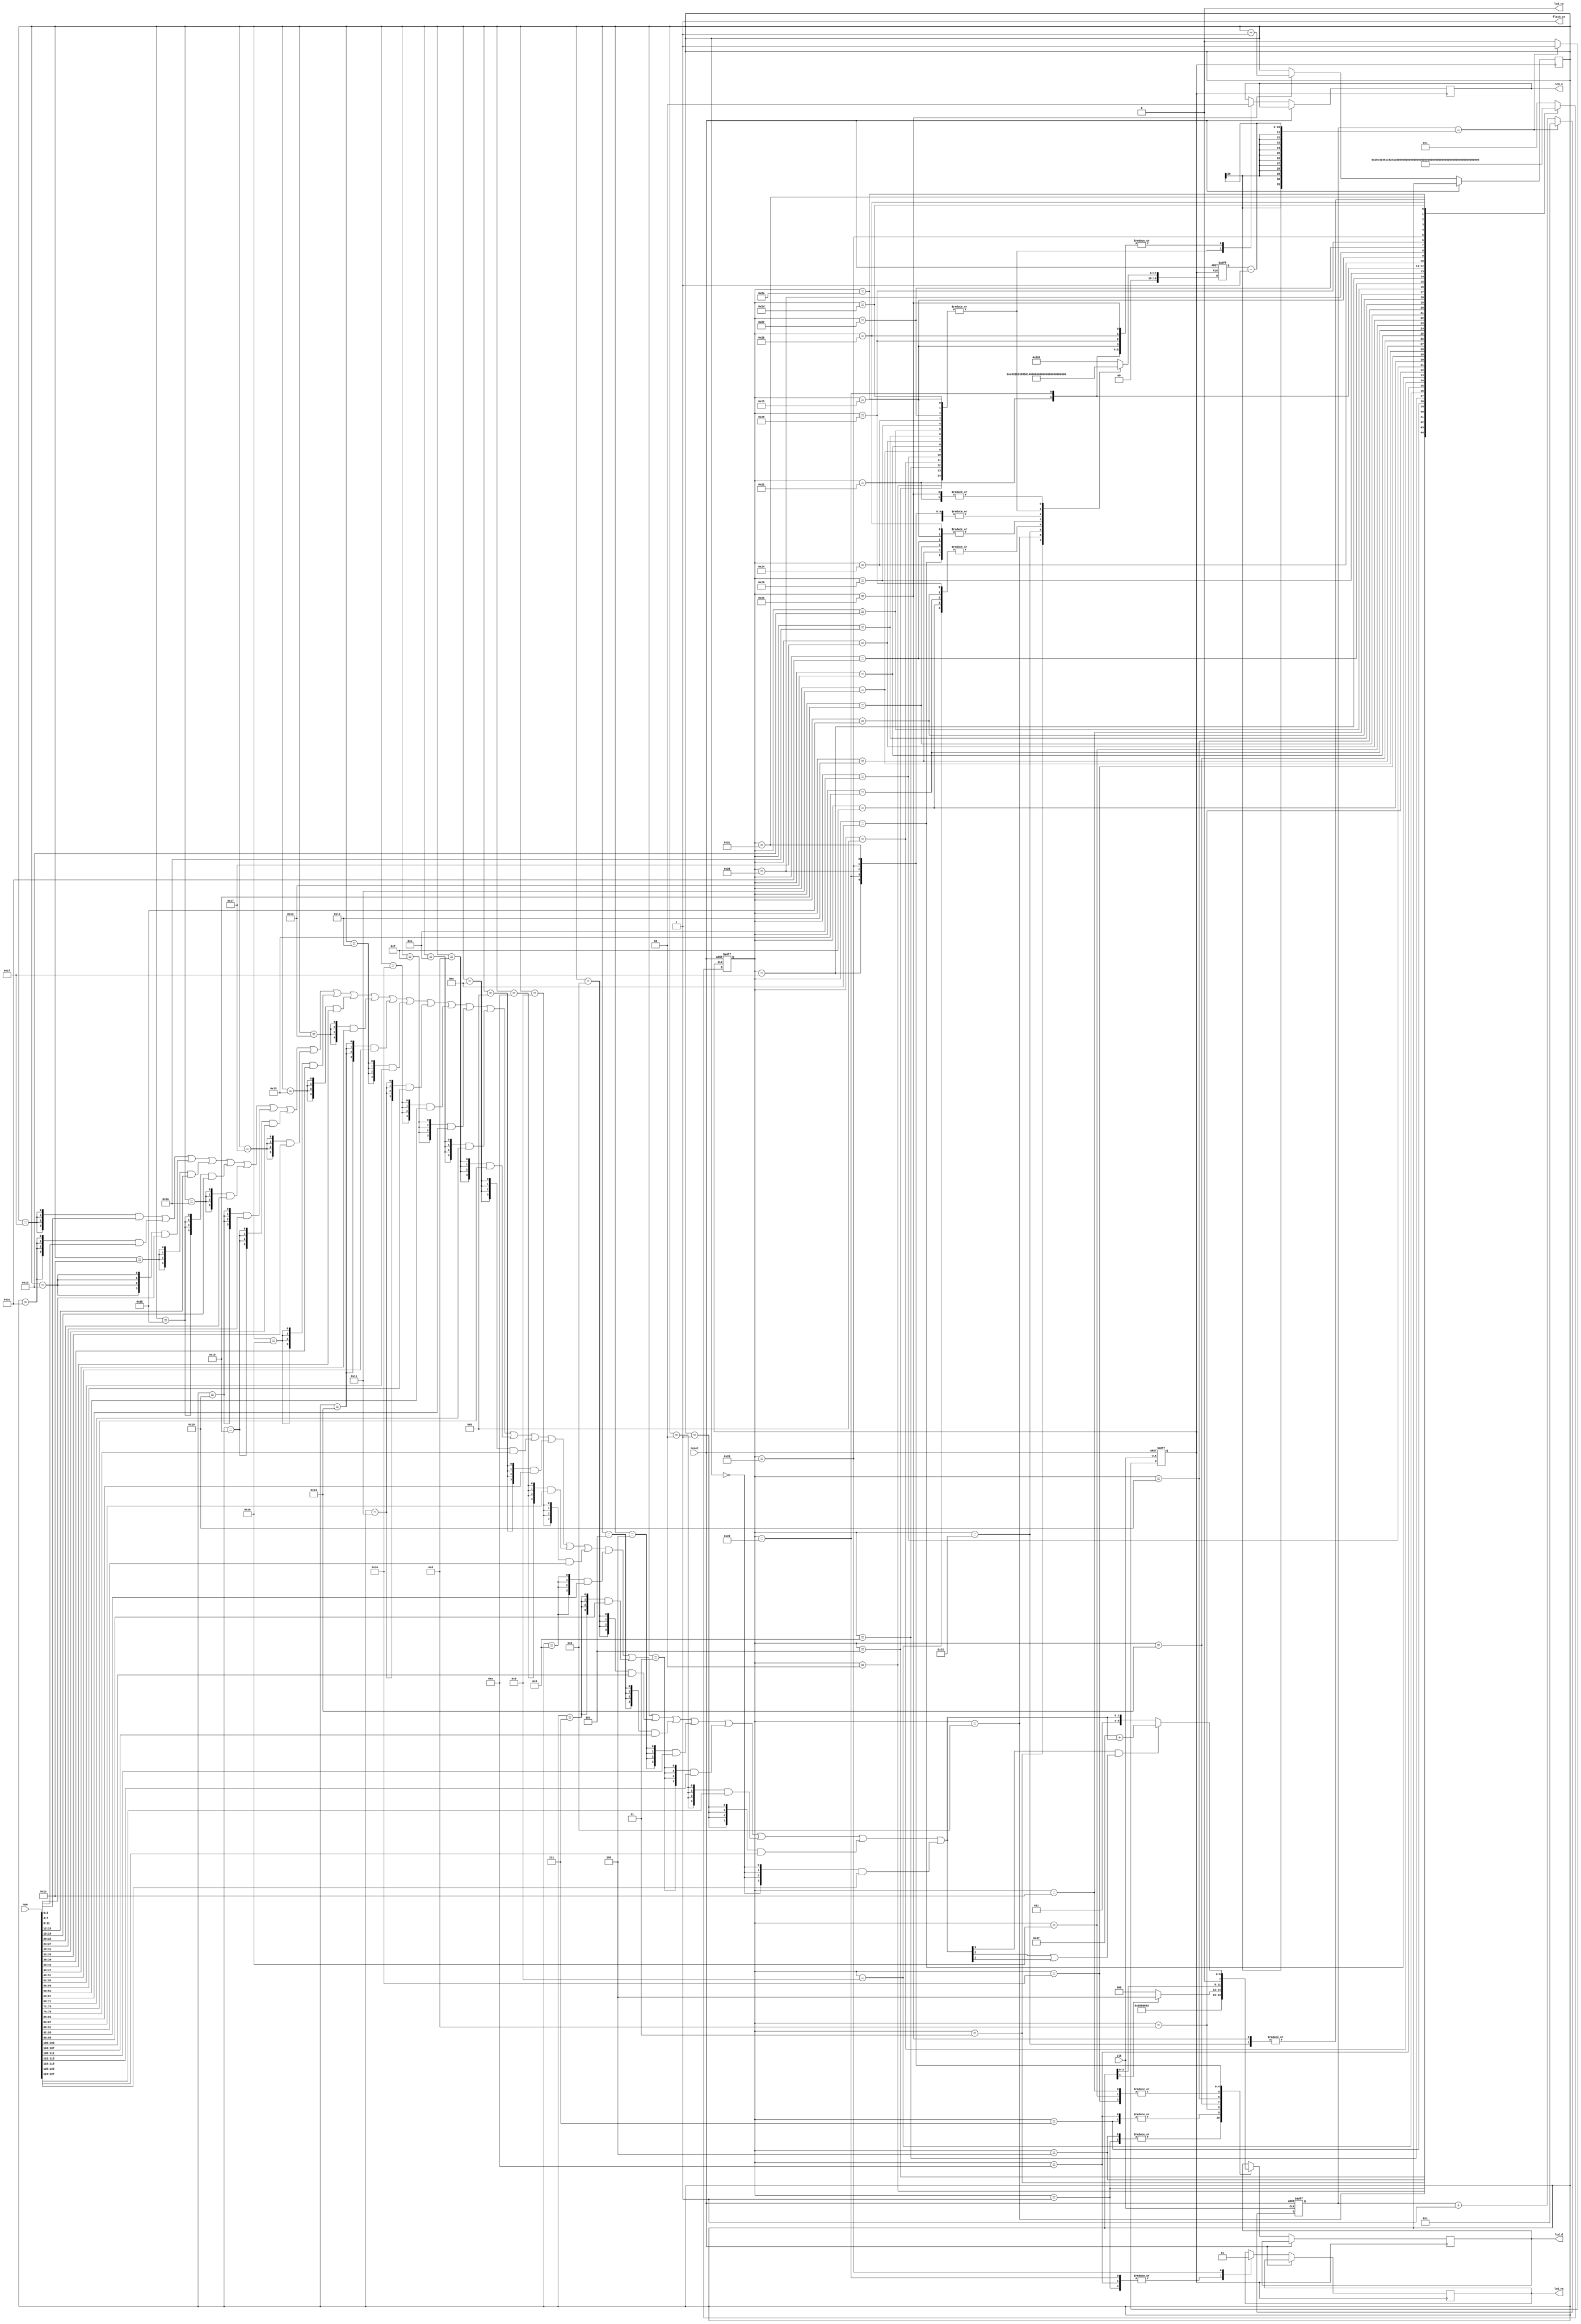
`timescale 1ns / 1ps
//////////////////////////////////////////////////////////////////////////////////
// Company: 
// Engineer: 
// 
// Design Name: 
// Module Name:    LCD_dis 
// Project Name: 
// Target Devices: 
// Tool versions: 
// Description: 
//
// Dependencies: 
//
// Revision: 
// Revision 0.01 - File Created
// Additional Comments: 
//
//////////////////////////////////////////////////////////////////////////////////
module LCD_dis(
	input clk,
	input[127:0] num,
	input reset,
	output reg lcd_rs,
	output lcd_rw,
	output reg lcd_e,
	output reg[3:0] lcd_d,
	output flash_ce
	);

assign flash_ce = 1;
assign lcd_rw = 0;

reg [19:0] delay_count;
reg [19:0] num_count;
wire[7:0] ascii;
wire[3:0] hex;
reg[4:0] dis_count;

reg [5:0] state;
reg state_change;
/*
initial begin
	dis_count<=5'h0;
	num_count<=20'd750000;
	state<=6'b1;
	state_change <=0;
	delay_count <= 1;
end
*/
assign ascii = (hex[3] & (hex[2] | hex[1]))? (8'h37 + {4'h0,hex}) : {4'h3 ,hex};
assign hex = 
    {4{(dis_count == 5'h1F)}} & num[3:0] |
    {4{(dis_count == 5'h1E)}} & num[7:4] |
    {4{(dis_count == 5'h1D)}} & num[11:8] |
    {4{(dis_count == 5'h1C)}} & num[15:12] |
    {4{(dis_count == 5'h1B)}} & num[19:16] |
    {4{(dis_count == 5'h1A)}} & num[23:20] |
    {4{(dis_count == 5'h19)}} & num[27:24] |
    {4{(dis_count == 5'h18)}} & num[31:28] |
    {4{(dis_count == 5'h17)}} & num[35:32] |
    {4{(dis_count == 5'h16)}} & num[39:36] |
    {4{(dis_count == 5'h15)}} & num[43:40] |
    {4{(dis_count == 5'h14)}} & num[47:44] |
    {4{(dis_count == 5'h13)}} & num[51:48] |
    {4{(dis_count == 5'h12)}} & num[55:52] |
    {4{(dis_count == 5'h11)}} & num[59:56] |
    {4{(dis_count == 5'h10)}} & num[63:60] |
    {4{(dis_count == 5'hF)}} & num[67:64] |
    {4{(dis_count == 5'hE)}} & num[71:68] |
    {4{(dis_count == 5'hD)}} & num[75:72] |
    {4{(dis_count == 5'hC)}} & num[79:76] |
    {4{(dis_count == 5'hB)}} & num[83:80] |
    {4{(dis_count == 5'hA)}} & num[87:84] |
    {4{(dis_count == 5'h9)}} & num[91:88] |
    {4{(dis_count == 5'h8)}} & num[95:92] |
    {4{(dis_count == 5'h7)}} & num[99:96] |
    {4{(dis_count == 5'h6)}} & num[103:100] |
    {4{(dis_count == 5'h5)}} & num[107:104] |
    {4{(dis_count == 5'h4)}} & num[111:108] |
    {4{(dis_count == 5'h3)}} & num[115:112] |
    {4{(dis_count == 5'h2)}} & num[119:116] |
    {4{(dis_count == 5'h1)}} & num[123:120] |
    {4{(dis_count == 5'h0)}} & num[127:124] ;

parameter state1 = 6'b000001;
parameter state2 = 6'b000010; 
parameter state3 = 6'b000011;
parameter state4 = 6'b000100;
parameter state5 = 6'b000101;
parameter state6 = 6'b000110;
parameter state7 = 6'b000111;
parameter state8 = 6'b001000;
parameter state9 = 6'b001001;
parameter state10 = 6'b001010;
parameter state11 = 6'b001011;
parameter state12 = 6'b001100;
parameter state13 = 6'b001101;
parameter state14 = 6'b001110;
parameter state15 = 6'b001111;
parameter state16 = 6'b010000;
parameter state17 = 6'b010001;
parameter state18 = 6'b010010;
parameter state19 = 6'b010011;
parameter state20 = 6'b010100;
parameter state21 = 6'b010101;
parameter state22 = 6'b010110;
parameter state23 = 6'b010111;
parameter state24 = 6'b011000;
parameter state25 = 6'b011001;
parameter state26 = 6'b011010;
parameter state27 = 6'b011011;
parameter state28 = 6'b011100;
parameter state29 = 6'b011101;
parameter state30 = 6'b011110;
parameter state31 = 6'b011111;
parameter state32 = 6'b100000;
parameter state33 = 6'b100001;
parameter state34 = 6'b100010;
parameter state35 = 6'b100011;
parameter state36 = 6'b100100;
parameter state37 = 6'b100101;
parameter state38 = 6'b100110;
parameter state39 = 6'b100111;
parameter state40 = 6'b101000;
parameter state41 = 6'b101001;
parameter state42 = 6'b101010;
parameter state43 = 6'b101011;
parameter state44 = 6'b101100;
parameter state45 = 6'b101101;
parameter state46 = 6'b101110;
parameter state47 = 6'b101111;
parameter state48 = 6'b110000;
parameter state49 = 6'b110001;
parameter state50 = 6'b110010;
parameter state51 = 6'b110011;
parameter state52 = 6'b110100;
parameter state53 = 6'b110101;
parameter state54 = 6'b110110;
parameter state55 = 6'b110111;
parameter state56 = 6'b111000;
parameter state57 = 6'b111001;
parameter state58 = 6'b111010;
parameter state59 = 6'b111011;





always @(posedge clk or posedge reset)
    if(reset) begin
        state_change <= 1'b0;
        delay_count <= 1'b1;
    end
    else
    if(delay_count == num_count - 1) begin
        state_change <= 1'b1;
        delay_count <= 1'b1;
    end
    else
    begin
        state_change <= 1'b0;
        delay_count <= delay_count + 1'b1;
    end

always @(posedge state_change or posedge reset)
    if(reset) begin
        state <= state1;
        num_count <= 20'd750000;
    end
    else begin
        case(state)

        state1:begin
            state <= state2;
            num_count <= 20'd4;
            lcd_rs <= 1'b0;
            lcd_e <= 1'b0;
            lcd_d <= 4'h3;
        end

        state2:begin
            state <= state3;
            num_count <= 20'd12;
            lcd_e <= 1'b1;
        end

        state3:begin
            state <= state4;
            num_count <= 20'd205000;
            lcd_e <= 1'b0;
        end

        state4:begin
            state <= state5;
            num_count <= 20'd4;
            lcd_d <= 4'h3;
        end

        state5:begin
            state <= state6;
            num_count <= 20'd12;
            lcd_e <= 1'b1;
        end

        state6:begin
            state <= state7;
            num_count <= 20'd5000;
            lcd_e <= 1'b0;
        end

        state7:begin
        state <= state8; 
        num_count <= 20'd4;
        lcd_d <= 4'h2;
        end

        state8:begin
        state <= state9;
        num_count <= 20'd12;
        lcd_e <= 1'b1;
        end

        state9:begin
        state <= state10;
        num_count <= 20'd4000;
        lcd_e <= 1'b0;
        end
        //set funtion mode
        state10:begin
        state <= state11;
        num_count <= 20'd4;
        lcd_rs <= 0;
        lcd_d <= 4'h2;
        end

        state11:begin
        state <= state12;
        num_count <= 20'd12;
        lcd_e <= 1'b1;
        end

        state12:begin
        state <= state13;
        num_count <= 20'd80;
        lcd_e <= 1'b0;
        end

        state13:begin
        state <= state14;
        num_count <= 20'd4;
        lcd_d <= 4'h8;
        end

        state14:begin
        state <= state15;
        num_count <= 20'd12; 
        lcd_e <= 1'b1;
        end

        state15:begin
        state <= state16;
        num_count <= 20'd4000;
        lcd_e <= 1'b0;
        end
        //set entry mode
        state16:begin
        state <= state17;
        num_count <= 20'd4;
        lcd_d <= 4'h0;
        end

        state17:begin
        state <= state18;
        num_count <= 20'd12;
        lcd_e <= 1'b1;
        end

        state18:begin
        state <= state19;
        num_count <= 20'd80;
        lcd_e <= 1'b0;
        end

        state19:begin
        state <= state20;
        num_count <= 20'd4;
        lcd_d <= 4'h6;
        end
        state20:begin
        state <= state21;
        num_count <= 20'd12;
        lcd_e <= 1'b1;
        end
        state21:begin
        state <= state22;
        num_count <= 20'd4000;
        lcd_e <= 1'b0;
        end
        //set display on/off
        state22:begin 
        state <= state23;
        num_count <= 20'd4;
        lcd_d <= 4'h0;
        end
        state23:begin
        state <= state24;
        num_count <= 20'd12;
        lcd_e <= 1'b1;
        end
        state24:begin
        state <= state25;
        num_count <= 20'd80;
        lcd_e <= 1'b0;
        end
        state25:begin
        state <= state26;
        num_count <= 20'd4;
        lcd_d <= 4'hc;
        end
        state26:begin
        state <= state27;
        num_count <= 20'd12;
        lcd_e <= 1'b1;
        end
        state27:begin
        state <= state28;
        num_count <= 20'd4000;
        lcd_e <= 1'b0;
        end
        //clear display
        state28:begin
        state <= state29;
        num_count <= 20'd4;
        lcd_d <= 4'h0;
        end
        state29:begin
        state <= state30;
        num_count <= 20'd12;
        lcd_e <= 1'b1;
        end
        state30:begin
        state <= state31;
        num_count <= 20'd80;
        lcd_e <= 1'b0; 
        end
        state31:begin
        state <= state32;
        num_count <= 20'd4;
        lcd_d <= 4'h1;
        end
        state32:begin
        state <= state33;
        num_count <= 20'd12;
        lcd_e <= 1'b1;
        end
        state33:begin
        state <= state34;
        num_count <= 20'd2000;
        lcd_e <= 1'b0;
        end
        state34:begin
        state <= state35;
        num_count <= 20'd82000;
        end
        //set DD RAM address
        state35:begin
            state <= state36;
            num_count <= 20'd4;
            lcd_rs <= 1'b0;
            lcd_e <= 1'b0;
            if (dis_count[4]) begin
                lcd_d <= 4'hC; 
            end
            else begin
                lcd_d <= 4'h8;
            end
        end

        state36:begin
        state <= state37;
        num_count <= 20'd12;
        lcd_e <= 1'b1;
        end

        state37:begin
        state <= state38;
        num_count <= 20'd80;
        lcd_e <= 1'b0;
        end

        state38:begin
        state <= state39;
        num_count <= 20'd4; 
        lcd_d <= dis_count[3:0];
        end

        state39:begin
        state <= state40;
        num_count <= 20'd12;
        lcd_e <= 1'b1;
        end

        state40:begin
        state <= state41;
        num_count <= 20'd4000;
        lcd_e <= 1'b0;
        end
        // now starts writing data to DD RAM
        state41:begin
            state <= state42;
            num_count <= 20'd4;
            lcd_rs <= 1'b1;
            lcd_d <= ascii[7:4];
        end

        state42:begin
            state <= state43;
            num_count <= 20'd12;
            lcd_e <= 1'b1;
        end

        state43:begin
            state <= state44;
            num_count <= 20'd80;
            lcd_e <= 1'b0;
        end

        state44:begin
            state <= state45;
            num_count <= 20'd4;
            lcd_d <= ascii[3:0];
        end
        state45:begin
            state <= state46;
            num_count <= 20'd12;
            lcd_e <= 1'b1;
        end
        state46:begin
            state <= state35;
            num_count <= 20'd2000;
            lcd_e <= 1'b0;
            dis_count <= dis_count+1;
        end

        default:begin
            state <= state1;
            num_count <= 20'd800;
        end
        endcase
    end
endmodule